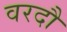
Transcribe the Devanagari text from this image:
वरदौं